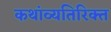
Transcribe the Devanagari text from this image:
कथांव्यतिरिक्त